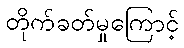
တိုက်ခတ်မှုကြောင့်